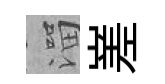
溜嵳